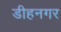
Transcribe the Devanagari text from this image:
डीहनगर